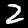
Label: 2